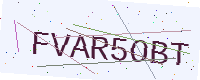
Text: FVAR5OBT